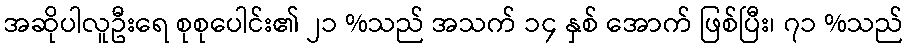
အဆိုပါလူဦးရေ စုစုပေါင်း၏ ၂၁ %သည် အသက် ၁၄ နှစ် အောက် ဖြစ်ပြီး၊ ၇၁ %သည်